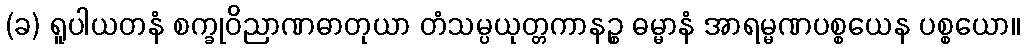
(ခ) ရူပါယတနံ စက္ခုဝိညာဏဓာတုယာ တံသမ္ပယုတ္တကာနဉ္စ ဓမ္မာနံ အာရမ္မဏပစ္စယေန ပစ္စယော။